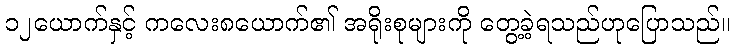
၁၂ယောက်နှင့် ကလေး၈ယောက်၏ အရိုးစုများကို တွေ့ခဲ့ရသည်ဟုပြောသည်။